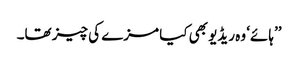
’’ہائے‘ وہ ریڈیو بھی کیا مزے کی چیز تھا۔